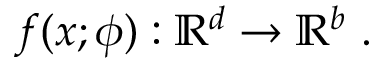
f ( \boldsymbol { x } ; \boldsymbol { \phi } ) : \mathbb { R } ^ { d } \rightarrow \mathbb { R } ^ { b } ~ .